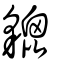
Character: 貔